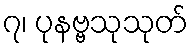
၇၊ ပုနဗ္ဗသုသုတ်